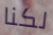
لكنا